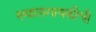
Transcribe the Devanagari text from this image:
ख्यालगायकीची